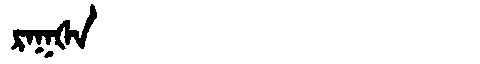
Manchu: ᡵᠠᡴᡧᠠ
Romanization: RAKŠA